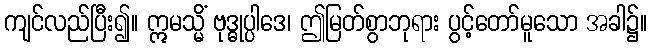
ကျင်လည်ပြီး၍။ ဣမသ္မိံ ဗုဒ္ဓုပ္ပါဒေ၊ ဤမြတ်စွာဘုရား ပွင့်တော်မူသော အခါ၌။